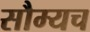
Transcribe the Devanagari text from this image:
सौम्यच